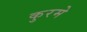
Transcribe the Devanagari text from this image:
कुरमे